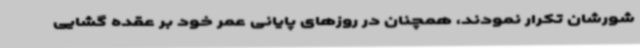
شورشان تکرار نمودند، همچنان در روزهای پایانی عمر خود بر عقده گشایی